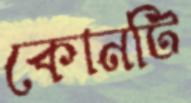
কোনটি